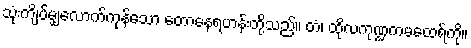
သုံးကျိပ်မျှလောက်ကုန်သော တောနေရဟန်းတို့သည်။ တံ၊ ထိုလကုဏ္ဍကမထေရ်ကို။